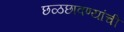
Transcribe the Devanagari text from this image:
छळछावण्यांची